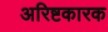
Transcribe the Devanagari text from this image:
अरिष्टकारक